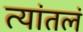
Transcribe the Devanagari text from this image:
त्यांतलं